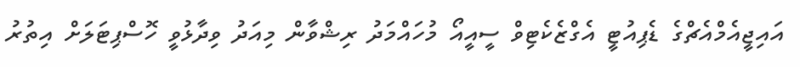
އައިޖީއެމްއެޗްގެ ޑެޕިއުޓީ އެގްޒެކެޓިވް ސީއީއޯ މުހައްމަދު ރިޝްވާން މިއަދު ވިދާޅުވީ ހޮސްޕިޓަލަށް އިތުރު